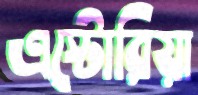
এস্টোরিয়া